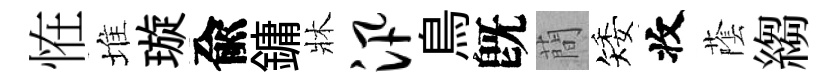
恠堆璇兪鏞牀汛鳥旣蕳矮收䕃縐